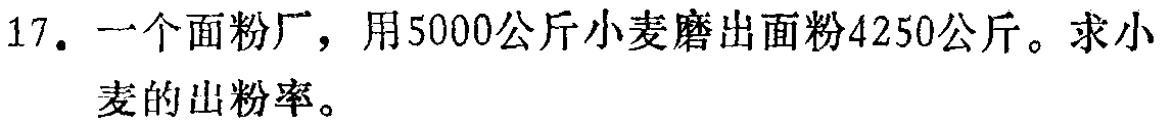
17. 一个面粉厂，用5000公斤小麦磨出面粉4250公斤。求小麦的出粉率。